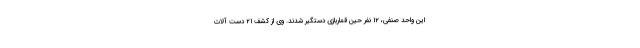
این واحد صنفی، ۱۲ نفر حین قماربازی دستگیر شدند. وی از کشف ۲۱ دست آلات